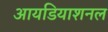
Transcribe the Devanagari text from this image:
आयडियाशनल